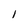
Character: l